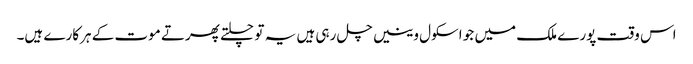
اس وقت پورے ملک میں جو اسکول وینیں چل رہی ہیں یہ تو چلتے پھرتے موت کے ہرکارے ہیں۔